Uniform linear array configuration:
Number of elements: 12
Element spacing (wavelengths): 0.75
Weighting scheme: kaiser
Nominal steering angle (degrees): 15
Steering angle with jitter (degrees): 13.125
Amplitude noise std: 0.05
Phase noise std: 0.05

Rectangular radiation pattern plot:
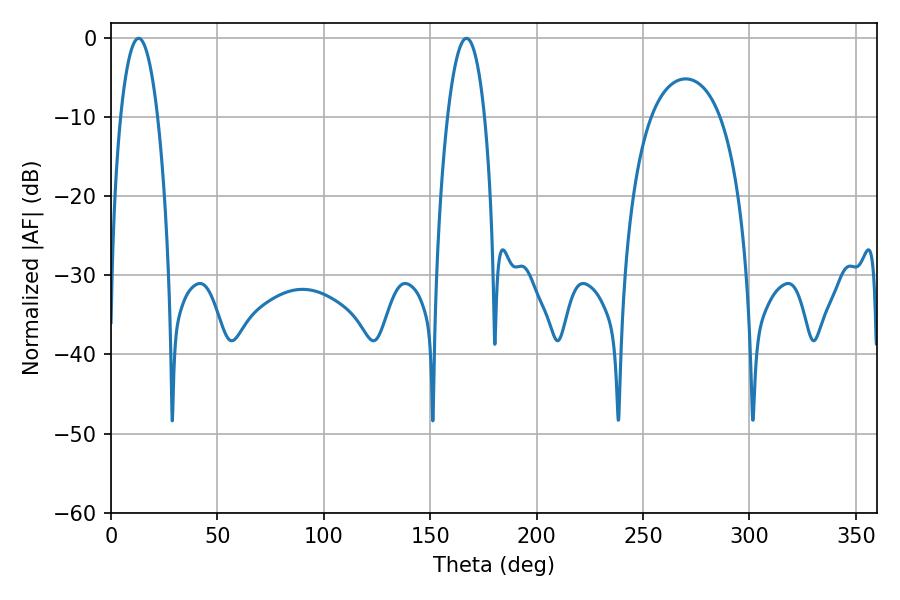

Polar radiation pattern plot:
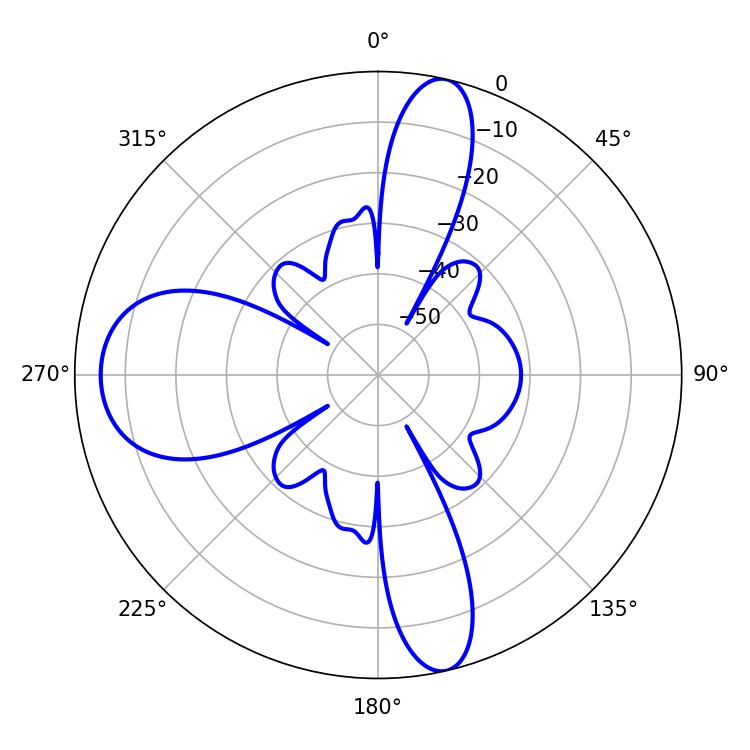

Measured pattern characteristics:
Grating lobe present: TRUE
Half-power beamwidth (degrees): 9.54
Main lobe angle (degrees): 12.96